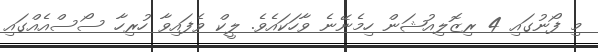
މި ފޯނުގައި 4 ރިޒޮލިއުޝަން ހިމެނޭނެ ވާހަކައެވެ. ލީކް ވެފައިވާ ހުރިހާ ސޯސްއެއްގައި